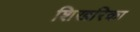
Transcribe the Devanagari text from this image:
शिखरिका